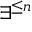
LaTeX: \exists ^ { \leq n }